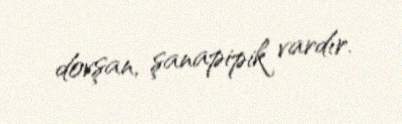
dovşan, şanapipik vardır.